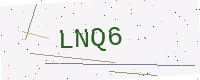
Text: LNQ6